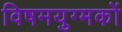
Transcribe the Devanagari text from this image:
विषमयुग्मकों